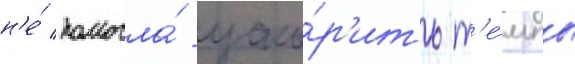
н'е́ помогла́ уско́р'ить т'е́мпы